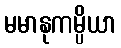
မမာနုကမ္ပိယာ